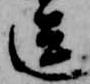
送